Report of the Indian Hemp Drugs Commission, 1894-1895 - Volume III
Year: 1894
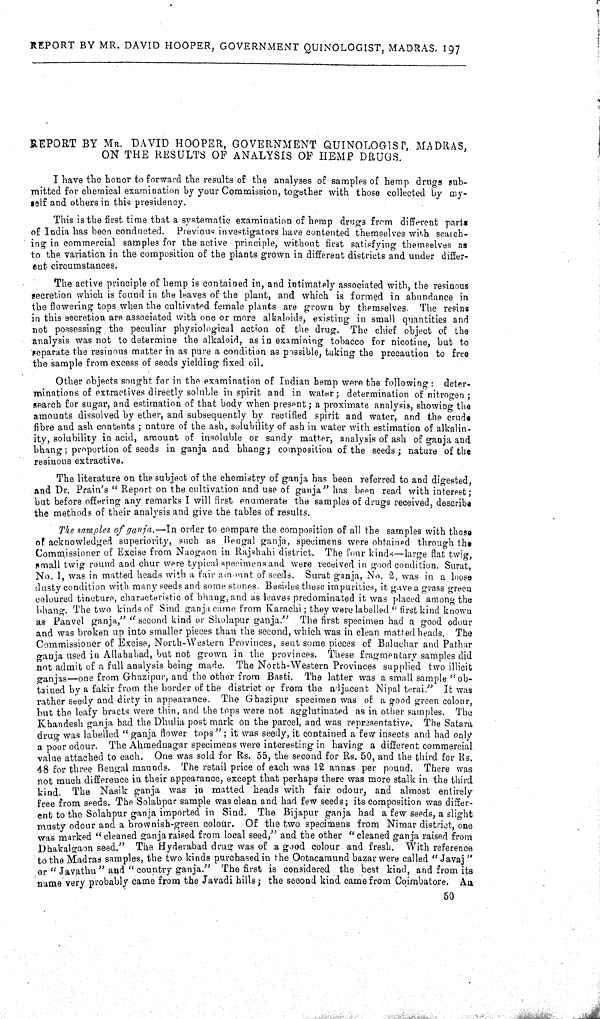
REPORT BY MR. DAVID HOOPER, GOVERNMENT QUINOLOGIST, MADRAS. 197
REPORT BY MR. DAVID HOOPER, GOVERNMENT QUINOLOGIST, MADRAS,
ON THE RESULTS OF ANALYSIS OF HEMP DRUGS.
I have the honor to forward the results of the analyses of samples of hemp drugs sub-
mitted for chemical examination by your Commission, together with those collected by my-
self and others in this presidency.
This is the first time that a systematic examination of hemp drugs from different partz
of India has been conducted. Previous investigators have contented themselves with search-
ing in commercial samples for the active principle, without first satisfying themselves as
to the variation in the composition of the plants grown in different districts and under differ-
ent circumstances.
The active principle of hemp is contained in, and intimately associated with, the resinous
secretion which is found in the leaves of the plant, and which is formed in abundance in
the flowering tops when the cultivated female plants are grown by themselves. The resins
in this secretion are associated with one or more alkaloids, existing in small quantities and
not possessing the peculiar physiological action of the drug. The chief object of the
analysis was not to determine the alkaloid, as in examining tobacco for nicotine, but to
separate the resinous matter in as pure a condition as possible, taking the precaution to free
the sample from excess of seeds yielding fixed oil.
Other objects sought for in the examination of Indian hemp were the following: deter-
minations of extractives directly soluble in spirit and in water; determination of nitrogen;
search for sugar, and estimation of that body when present; a proximate analysis, showing the
amounts dissolved by ether, and subsequently by rectified spirit and water, and the crude
fibre and ash contents; nature of the ash, solubility of ash in water with estimation of alkalin-
ity, solubility in acid, amount of insoluble or sandy matter, analysis of ash of ganja and
bhang; proportion of seeds in ganja and bhang; composition of the seeds; nature of the
resinous extractive.
The literature on the subject of the chemistry of ganja has been referred to and digested,
and Dr. Prain's " Report on the cultivation and use of ganja" has been read with interest;
but before offering any remarks I will first enumerate the samples of drugs received, describe
the methods of their analysis and give the tables of results.
The samples of ganja.-In
order to compare the composition of all the samples with those
of acknowledged superiority, such as Bengal ganja, specimens were obtained through the
Commissioner of Excise from Naogaon in Rajshahi district. The four kinds-large flat twig,
small twig round and chur were typical specimens and were received in good condition. Surat,
No. 1, was in matted heads with a fair amount of seeds. Surat ganja, No. 2, was in a loose
dusty condition with many seeds and some stones. Besides these impurities, it gave a grass green
coloured tincture, characteristic of bhang, and as leaves predominated it was placed among the
bhang. The two kinds of Sind ganja came from Karachi; they were labelled " first kind known
as Panvel ganja," "second kind or Sholapur ganja." The first specimen had a good odour
and was broken up into smaller pieces than the second, which was in clean matted heads. The
Commissioner of Excise, North-Western Provinces, sent some pieces of Baluchar and Pathar
ganja used in Allahabad, but not grown in the provinces. These fragmentary samples did
not admit of a full analysis being made. The North-Western Provinces supplied two illicit
ganjas-one from Ghazipur, and the other from Basti. The latter was a small sample "ob-
tained by a fakir from the border of the district or from the adjacent Nipal terai." It was
rather seedy and dirty in appearance. The Ghazipur specimen was of a good green colour,
but the leafy bracts were thin, and the tops were not agglutinated as in other samples. The
Khandesh ganja bad the Dhulia post mark on the parcel, and was representative. The Satara
drug was labelled "ganja flower tops"; it was seedy, it contained a few insects and had only
a poor odour. The Ahmednagar specimens were interesting in having a different commercial
value attached to each. One was sold for Rs. 55, the second for Rs. 50, and the third for Rs.
48 for three Bengal maunds. The retail price of each was 12 annas per pound. There was
not much difference in their appearance, except that perhaps there was more stalk in the third
kind. The Nasik ganja was in matted heads with fair odour, and almost entirely
free from seeds. The Solahpur sample was clean and had few seeds; its composition was differ-
ent to the Solahpur ganja imported in Sind. The Bijapur ganja had a few seeds, a slight
musty odour and a brownish-green colour. Of the two specimens from Nimar district, one
was marked "cleaned ganja raised from local seed," and the other "cleaned ganja raised from
Dhakalgaon seed." The Hyderabad drug was of a good colour and fresh. With reference
to the Madras samples, the two kinds purchased in the Ootacamund bazar were called "Javaj"
or "Javathu" and "country ganja." The first is considered the best kind, and from its
name very probably came from the Javadi hills; the second kind came from Coimbatore. An
50